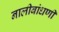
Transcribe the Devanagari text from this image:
नालीबांधणी